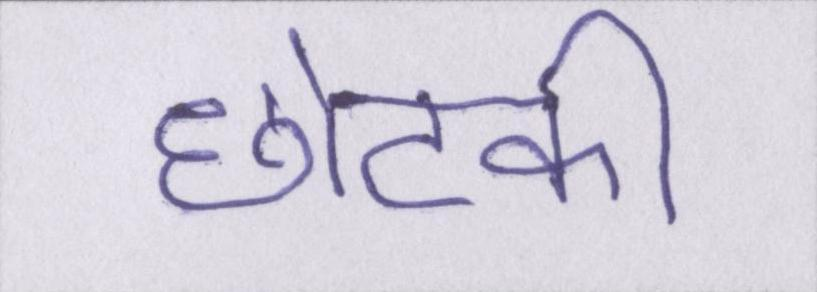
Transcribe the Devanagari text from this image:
छोटकी